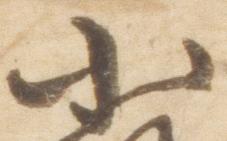
小